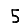
Digit: 5